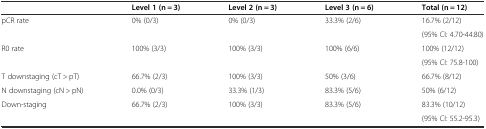
<table><thead><tr><td></td><td><b>Level 1 (n = 3)</b></td><td><b>Level 2 (n = 3)</b></td><td><b>Level 3 (n = 6)</b></td><td><b>Total (n = 12)</b></td></tr></thead><tbody><tr><td rowspan="2">pCR rate</td><td rowspan="2">0% (0/3)</td><td rowspan="2">0% (0/3)</td><td rowspan="2">33.3% (2/6)</td><td>16.7% (2/12)</td></tr><tr><td>(95% CI: 4.70-44.80)</td></tr><tr><td rowspan="2">R0 rate</td><td rowspan="2">100% (3/3)</td><td rowspan="2">100% (3/3)</td><td rowspan="2">100% (6/6)</td><td>100% (12/12)</td></tr><tr><td>(95% CI: 75.8-100)</td></tr><tr><td>T downstaging (cT &gt; pT)</td><td>66.7% (2/3)</td><td>100% (3/3)</td><td>50% (3/6)</td><td>66.7% (8/12)</td></tr><tr><td>N downstaging (cN &gt; pN)</td><td>0.0% (0/3)</td><td>33.3% (1/3)</td><td>83.3% (5/6)</td><td>50% (6/12)</td></tr><tr><td rowspan="2">Down-staging</td><td rowspan="2">66.7% (2/3)</td><td rowspan="2">100% (3/3)</td><td rowspan="2">83.3% (5/6)</td><td>83.3% (10/12)</td></tr><tr><td>(95% CI: 55.2-95.3)</td></tr></tbody></table>